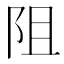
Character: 阻